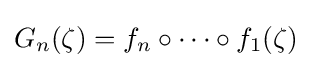
G_{n}(\zeta )=f_{n}\circ \cdots \circ f_{1}(\zeta )